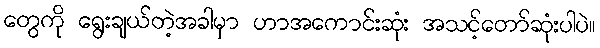
တွေကို ရွေးချယ်တဲ့အခါမှာ ဟာအကောင်းဆုံး အသင့်တော်ဆုံးပါပဲ။